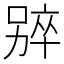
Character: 𫫑